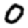
Digit: 0